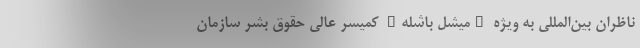
ناظران بین‌المللی به ویژه "میشل باشله" کمیسر عالی حقوق بشر سازمان